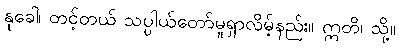
နုခေါ၊ တင့်တယ် သပ္ပါယ်တော်မူရှာလိမ့်နည်း။ ဣတိ၊ သို့။